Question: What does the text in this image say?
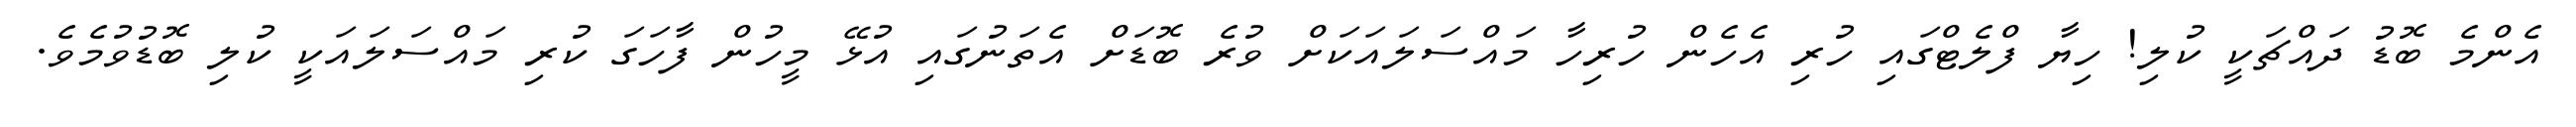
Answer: އެންމެ ބޮޑު ދައްޗަކީ ކުލި! ހިޔާ ފްލެޓްގައި ހުރި އެހެން ހުރިހާ މައްސަލައަކަށް ވުރެ ބޮޑަށް އެތަނުގައި އުޅޭ މީހުން ފާހަގަ ކުރި މައްސަލައަކީ ކުލި ބޮޑުވުމެވެ.